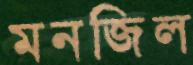
মনজিল